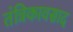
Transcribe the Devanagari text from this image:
तंत्रिकावसाद